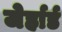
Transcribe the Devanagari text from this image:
जेर्हार्ड